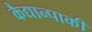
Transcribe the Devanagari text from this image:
कैद्यान्पाकी